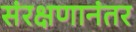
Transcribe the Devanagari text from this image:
संरक्षणानंतर